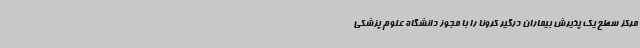
مرکز سطح یک پذیرش بیماران درگیر کرونا را با مجوز دانشگاه علوم پزشکی